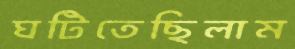
ঘটিতেছিলাম